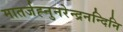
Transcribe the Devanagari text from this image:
मातर्जह्नुनरेन्द्रनन्दिनि